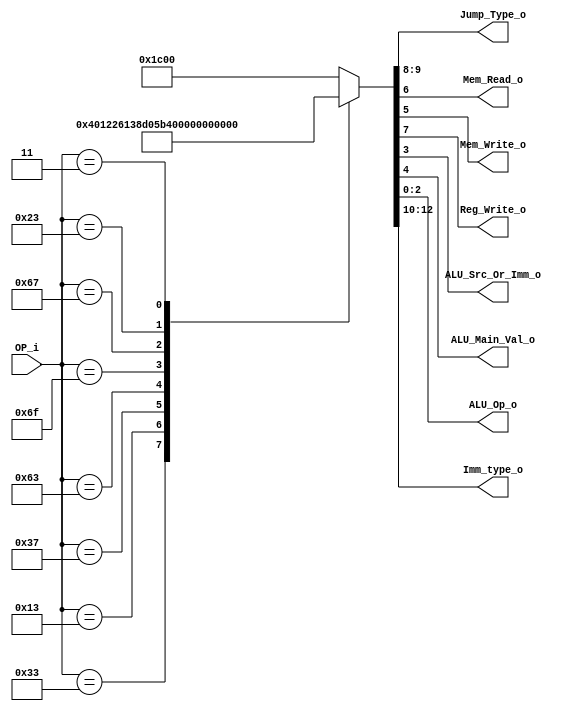
/******************************************************************
* Description
*	This is control unit for the RISC-V Microprocessor. The control unit is 
*	in charge of generation of the control signals. Its only input 
*	corresponds to opcode from the instruction bus.
*	1.0
* Author:
*	Dr. Jos Luis Pizano Escalante
* email:
*	luispizano@iteso.mx
* Date:
*	16/08/2021
******************************************************************/
module Control
(
	input [6:0]OP_i,
	
	output [1:0] Jump_Type_o,
	output Mem_Read_o,
	output Mem_Write_o,
	output Reg_Write_o,
	output ALU_Src_Or_Imm_o,
	output ALU_Main_Val_o,
	output [2:0]ALU_Op_o,
	output [2:0]Imm_type_o
);

localparam R_TYPE = 7'h33;
localparam I_TYPE = 7'h13;
localparam U_TYPE = 7'h37;
localparam B_TYPE = 7'h63;
localparam J_TYPE = 7'h6f;
localparam I_JAL  = 7'h67;

localparam S_TYPE = 7'h23;
localparam I_LOAD = 7'h03;

reg [14:0] control_values;

always@(OP_i) begin
	case(OP_i)//                      cba_98_76_5_43_210
		R_TYPE: control_values <= 13'b 000_00_10_0_00_000;
		I_TYPE: control_values <= 13'b 001_00_10_0_01_001;
		U_TYPE: control_values <= 13'b 100_00_10_0_11_100;
		
		B_TYPE: control_values <= 13'b 011_01_00_0_00_101;
		J_TYPE: control_values <= 13'b 101_10_10_0_00_000;
		I_JAL:  control_values <= 13'b 001_11_10_0_00_000;
		
		S_TYPE: control_values <= 13'b 010_00_00_1_01_110;
		I_LOAD: control_values <= 13'b 001_00_11_0_01_110;
		
		default: control_values<= 13'b 111_00_00_0_00_000;
		endcase
end	

assign Imm_type_o = control_values[12:10];

assign Jump_Type_o = control_values[9:8];

assign Reg_Write_o = control_values[7];

assign Mem_Read_o = control_values[6];

assign Mem_Write_o = control_values[5];

assign ALU_Main_Val_o = control_values[4];

assign ALU_Src_Or_Imm_o = control_values[3];

assign ALU_Op_o = control_values[2:0];	

endmodule